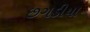
છગડીયા